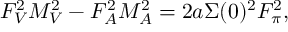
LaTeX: F _ { V } ^ { 2 } M _ { V } ^ { 2 } - F _ { A } ^ { 2 } M _ { A } ^ { 2 } = 2 a \Sigma ( 0 ) ^ { 2 } F _ { \pi } ^ { 2 } ,